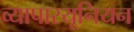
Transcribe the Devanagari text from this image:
व्यापारयूनियन